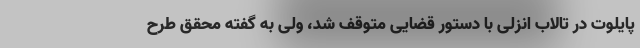
پایلوت در تالاب انزلی با دستور قضایی متوقف شد، ولی به گفته محقق طرح